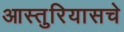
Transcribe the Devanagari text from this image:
आस्तुरियासचे